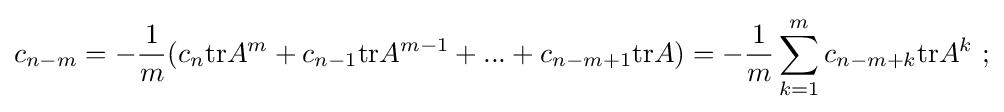
c_{n-m}=-{\frac {1}{m}}(c_{n}\mathrm {tr} A^{m}+c_{n-1}\mathrm {tr} A^{m-1}+...+c_{n-m+1}\mathrm {tr} A)=-{\frac {1}{m}}\sum _{k=1}^{m}c_{n-m+k}\mathrm {tr} A^{k}~;